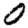
Digit: 0